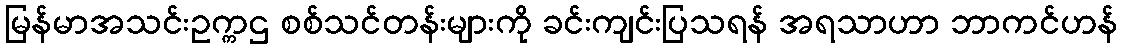
မြန်မာအသင်းဥက္ကဌ စစ်သင်တန်းများကို ခင်းကျင်းပြသရန် အရသာဟာ ဘာကင်ဟန်